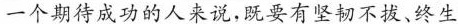
一个期待成功的人来说，既要有坚韧不拔、终生